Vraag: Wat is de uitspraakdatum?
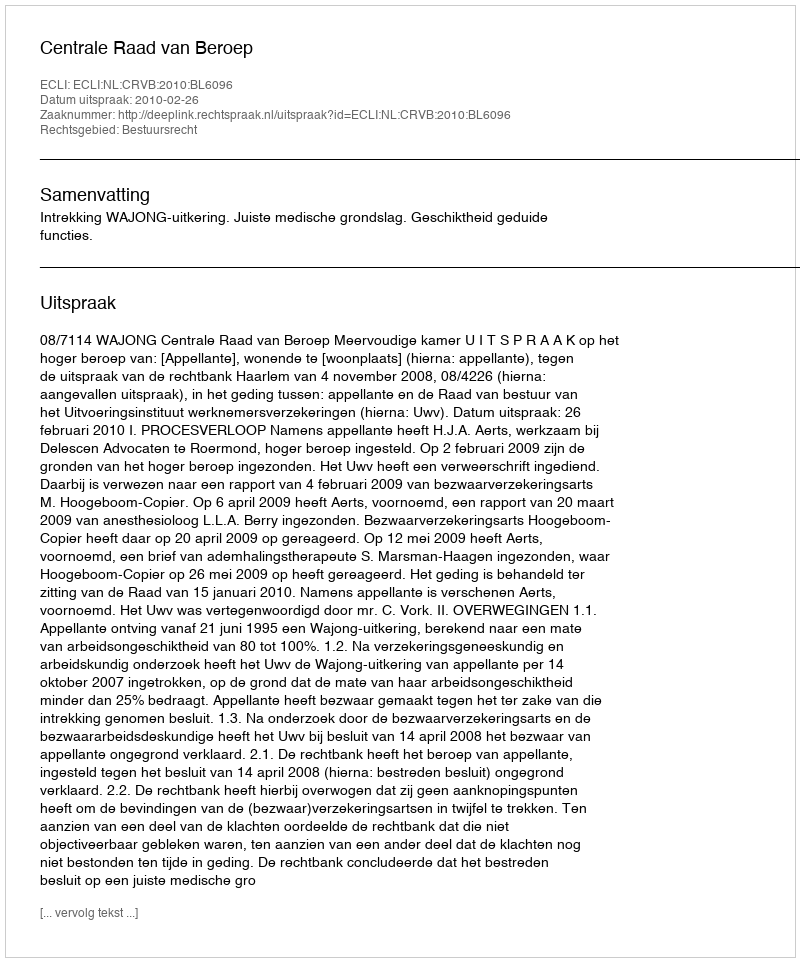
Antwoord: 2010-02-26